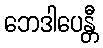
ဘေဒါပေန္တီ